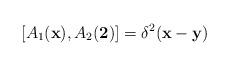
LaTeX: \begin{align*}[A_{1}({\bf x}),A_{2}({\bf 2})]=\delta ^{2}({\bf x}-{\bf y})\end{align*}